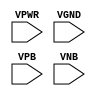
module sky130_fd_sc_lp__tap (
    VPWR,
    VGND,
    VPB ,
    VNB
);

    input VPWR;
    input VGND;
    input VPB ;
    input VNB ;
endmodule